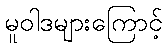
မူဝါဒများကြောင့်